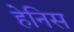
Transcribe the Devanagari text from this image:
हेनिस